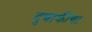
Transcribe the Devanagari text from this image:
दुचाकीचा